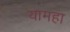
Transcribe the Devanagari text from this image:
यामहा